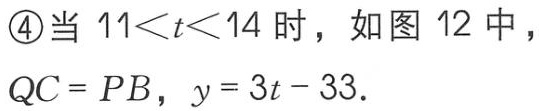
\textcircled{4}当 \(11<t<14\) 时，如图 12 中，
\(QC = PB\)，\(y = 3t - 33\)．